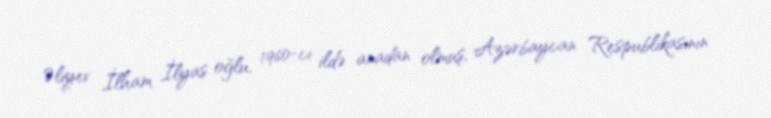
Əliyev İlham İlyas oğlu, 1960-cı ildə anadan olmuş, Azərbaycan Respublikasının